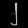
Digit: ၂